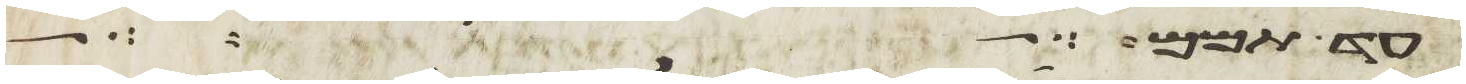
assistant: עד תמם האזינו